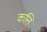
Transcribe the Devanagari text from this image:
कत्ति